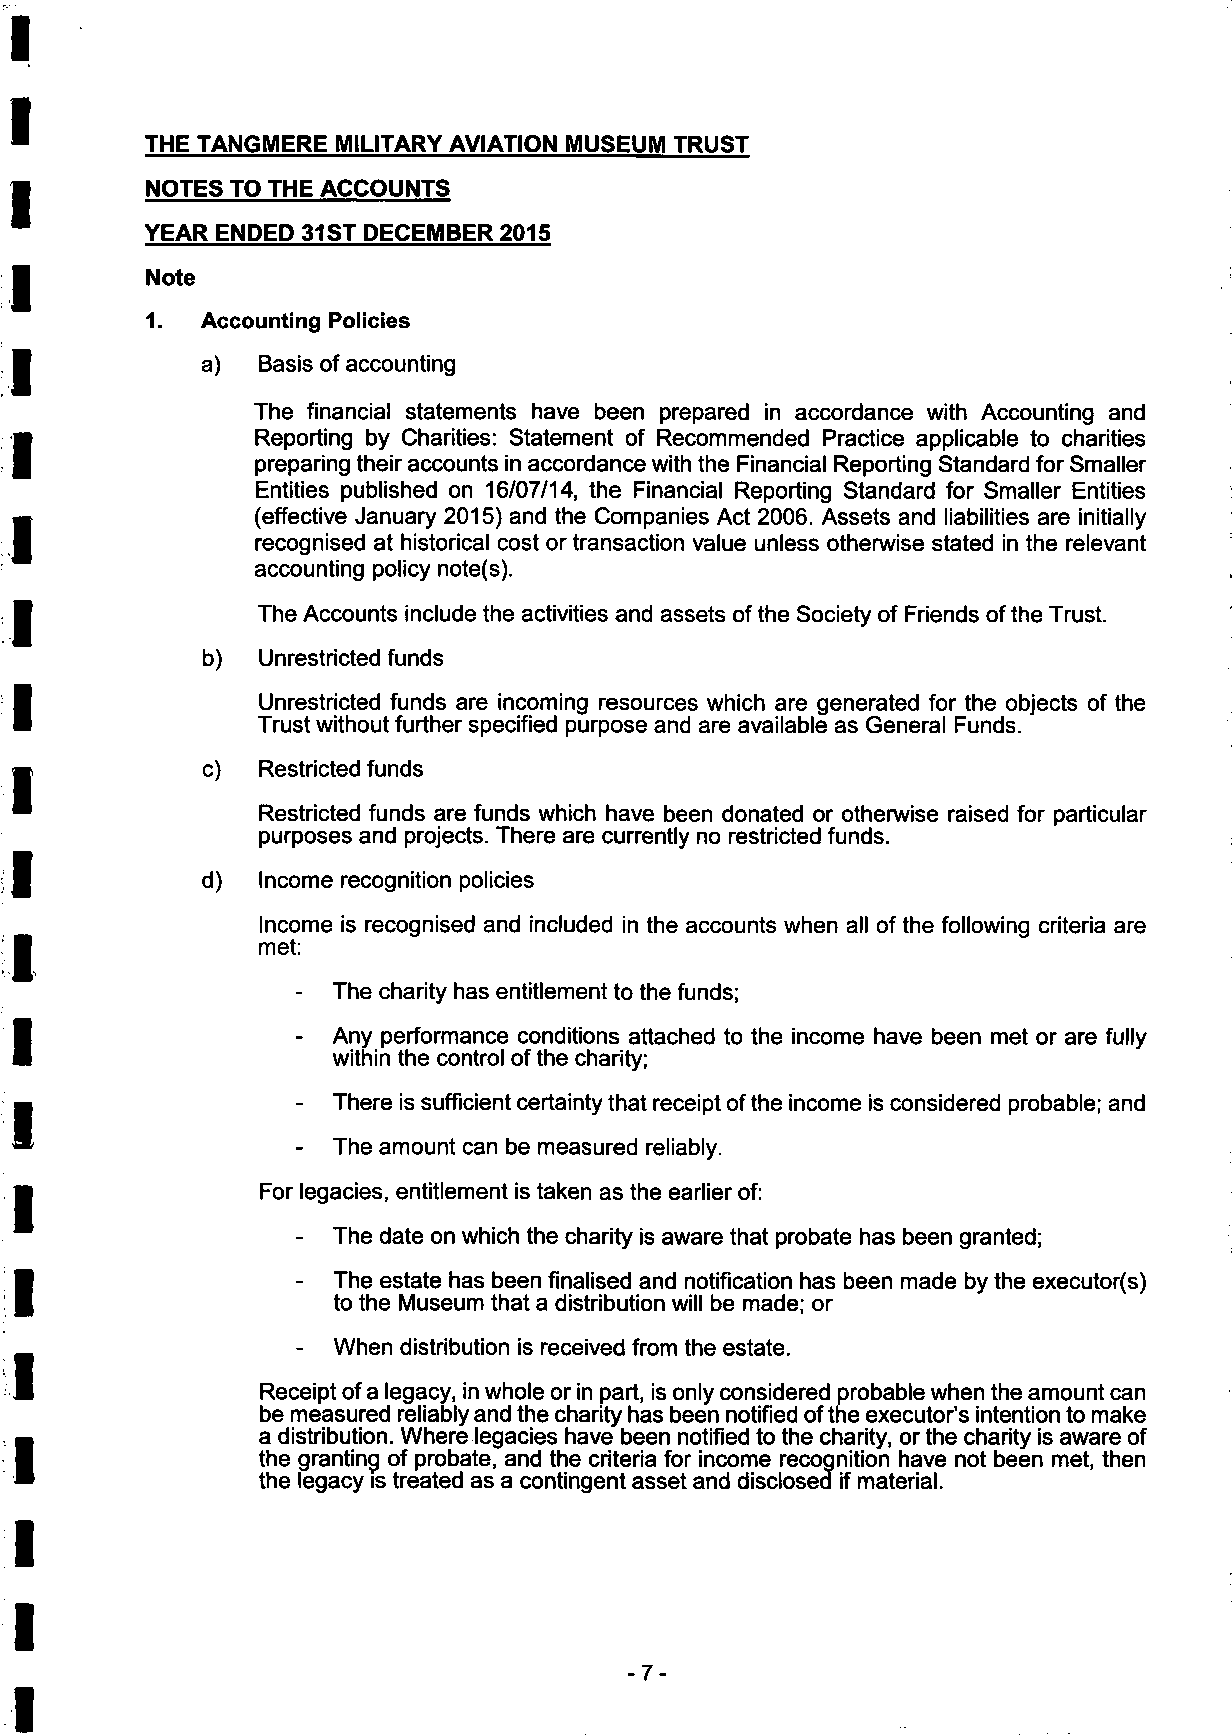
THE TANGMERE MILITARY AVIATION MUSEUM TRUST
 NOTES TO THE ACCOUNTS
 YEAR ENDED 31ST DECEMBER 2015
 Note
 1. Accounting Policies
 a)  Basis of accounting
 The financial statements have been prepared in accordance with Accounting and
 Reporting by Charities: Statement of Recommended Practice applicable to charities
 preparing their accounts in accordance with the Financial Reporting Standard for Smaller
 Entities published on 16/07/14, the Financial Reporting Standard for Smaller Entities
 (effective January 2015) and the Companies Act 2006. Assets and liabilities are initially
 recognised at historical cost or transaction value unless otherwise stated in the relevant
 accounting policy note(s).
 The Accounts include the activities and assets of the Society of Friends of the Trust.
 b)  Unrestricted funds
 Unrestricted funds are incoming resources which are generated for the objects of the
 Trust without further specified purpose and are available as General Funds.
 c)  Restricted funds
 Restricted funds are funds which have been donated or otherwise raised for particular
 purposes and projects. There are currently no restricted funds.
 d)  Income recognition policies
 Income is recognised and included in the accounts when all of the following criteria are
 met:
 - The charity has entitlement to the funds;
 - Any performance conditions attached to the income have been met or are fully
 within the control of the charity;
 - There is sufficient certainty that receipt of the income is considered probable; and
 - The amount can be measured reliably.
 For legacies, entitlement is taken as the earlier of:
 - The date on which the charity is aware that probate has been granted;
 - The estate has been finalised and notification has been made by the executor(s)
 to the Museum that a distribution will be made; or
 - When distribution is received from the estate.
 Receipt of a legacy, in whole or in part, is only considered probable when the amount can
 be measured reliably and the charity has been notified of the executor's intention to make
 a distribution. Where legacies have been notified to the charity, or the charity is aware of
 the granting of probate, and the criteria for income recognition have not been met, then
 the legacy is treated as a contingent asset and disclosed if material.